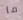
ما